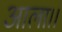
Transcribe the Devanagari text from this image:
आला।।